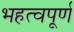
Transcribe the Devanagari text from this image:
भहत्वपूर्ण